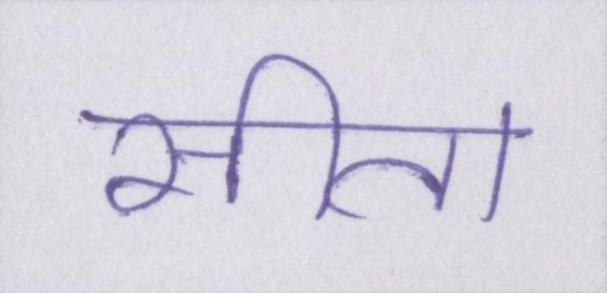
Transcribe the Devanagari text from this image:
सीता